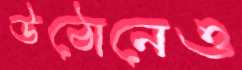
উঠোনেও